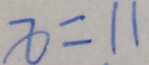
x = 1 1